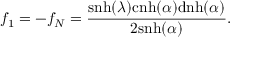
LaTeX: f _ { 1 } = - f _ { N } = \frac { \mathrm { s n h } ( \lambda ) \mathrm { c n h } ( \alpha ) \mathrm { d n h } ( \alpha ) } { 2 \mathrm { s n h } ( \alpha ) } .